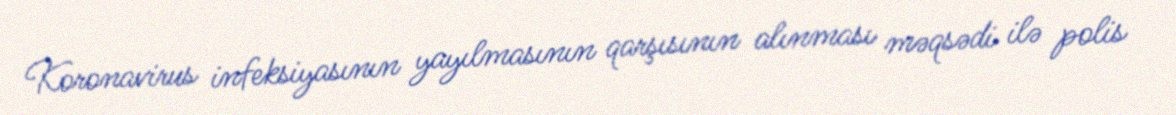
Koronavirus infeksiyasının yayılmasının qarşısının alınması məqsədi ilə polis